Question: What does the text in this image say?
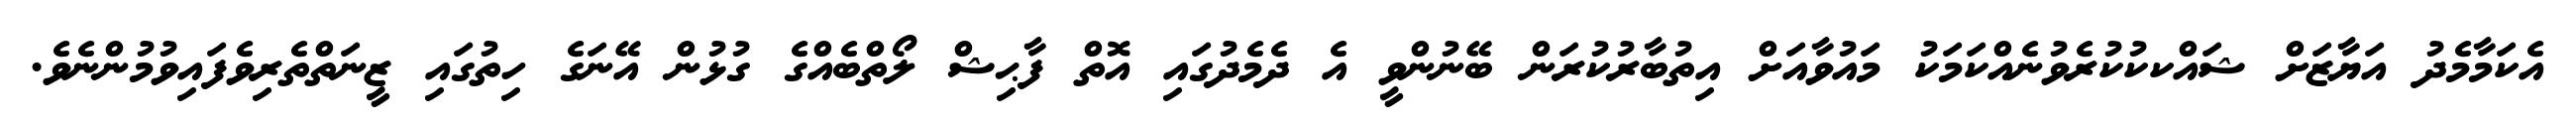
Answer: އެކަމާމެދު އަޔާޒަށް ޝައްކކުކުރެވުނެއްކަމަކު މައުވާއަށް އިތުބާރުކުރަން ބޭނުންވީ އެ ދެމެދުގައި އޮތް ފާޙިޝް ލޯތްބެއްގެ ގުޅުން އޭނަގެ ހިތުގައި ޒީނަތްތެރިވެފައިވުމުންނެވެ.